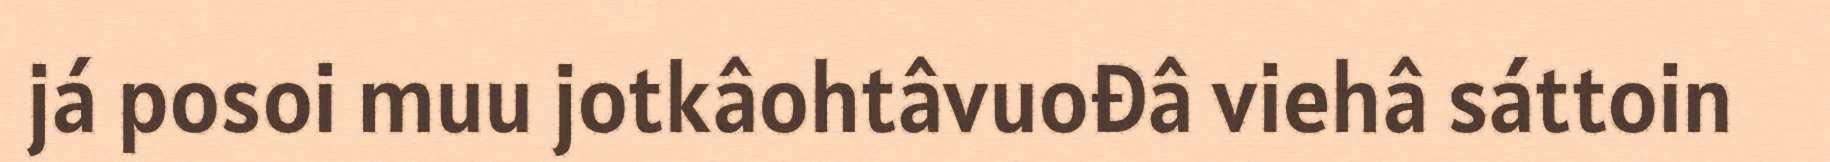
já posoi muu jotkâohtâvuođâ viehâ sáttoin